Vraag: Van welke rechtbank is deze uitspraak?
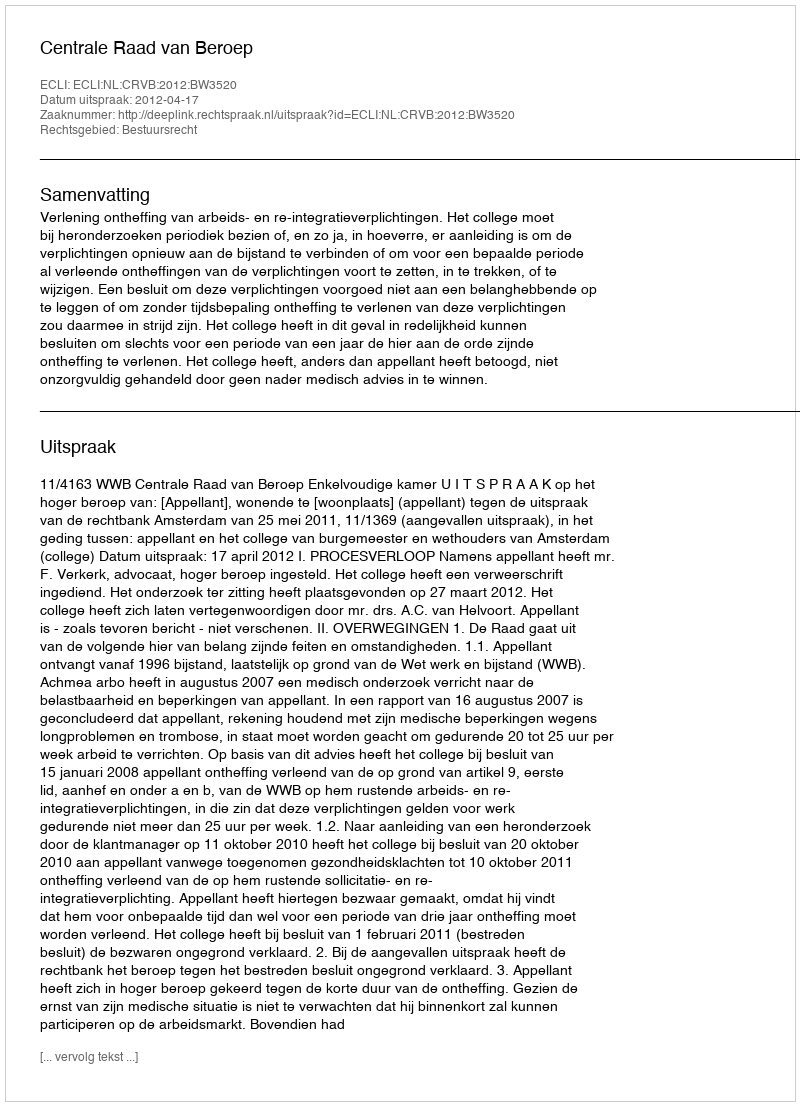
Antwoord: Centrale Raad van Beroep